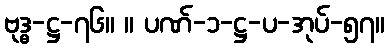
ဗုဒ္ဓ-ဋ္ဌ-၇၆။ ။ ပဏ်-၁-ဋ္ဌ-ပ-အုပ်-၅၇။